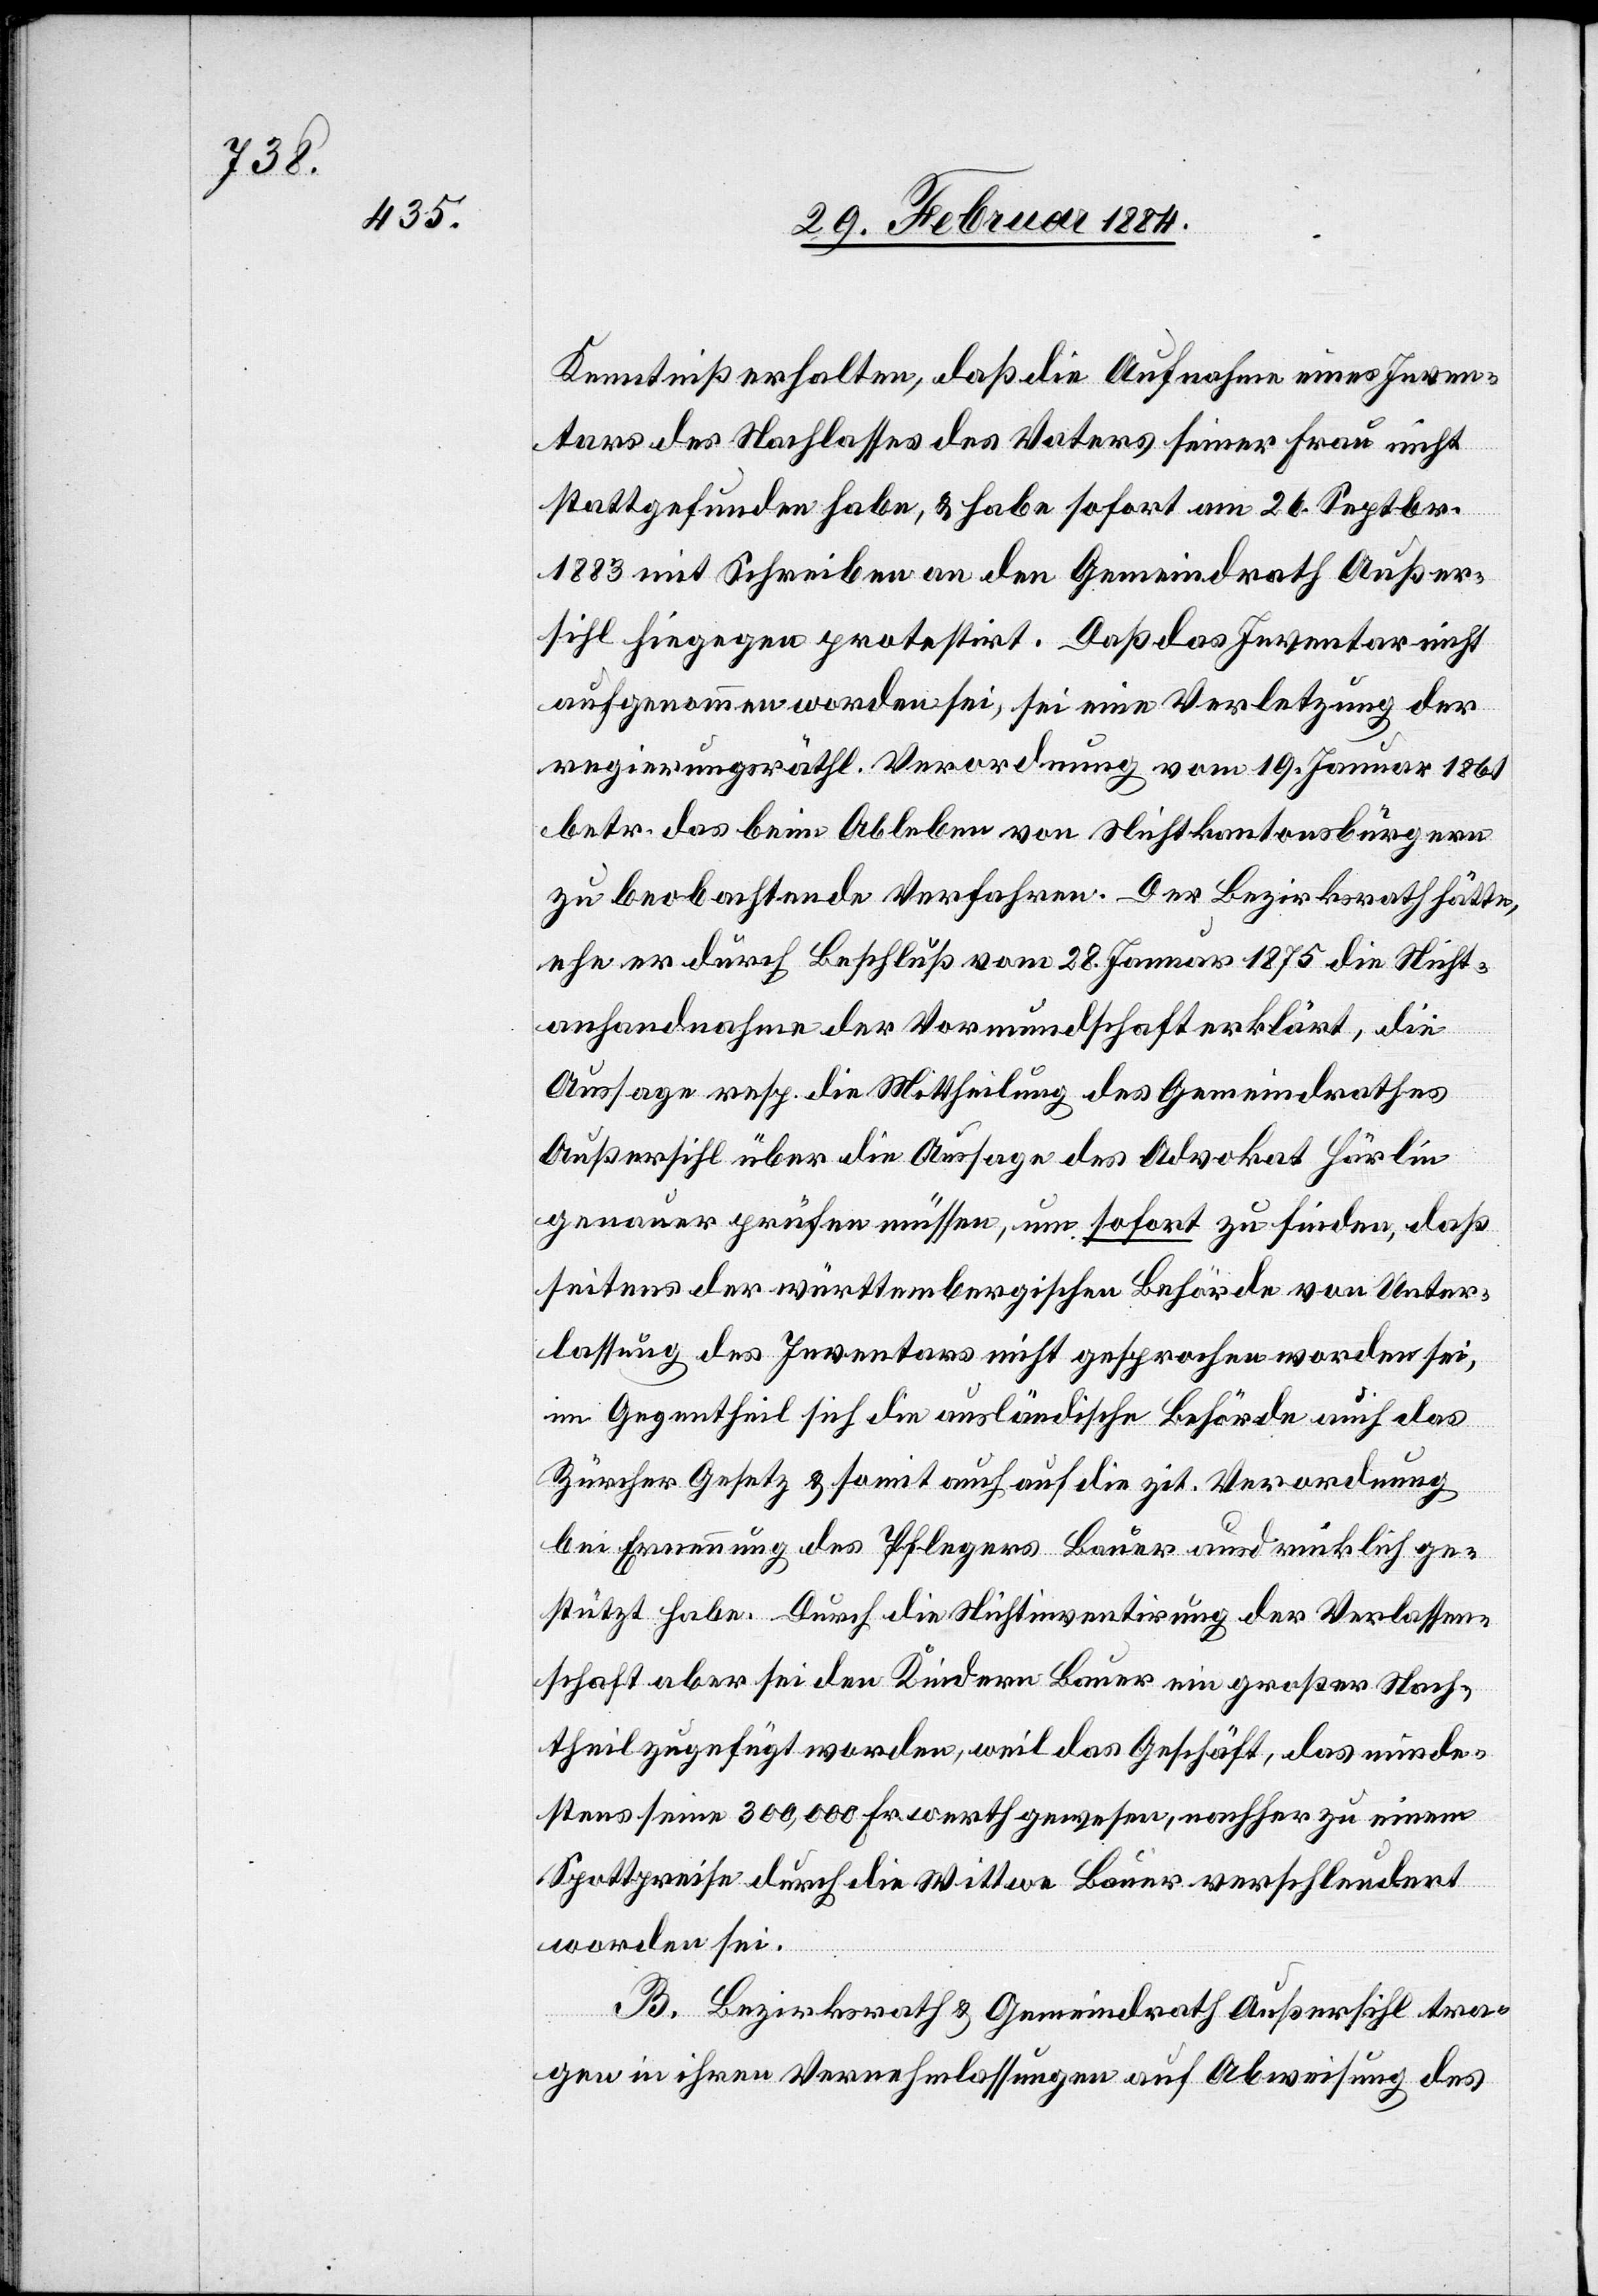
Kenntniß erhalten, daß die Aufnahme eines Inven¬
tars des Nachlasses des Vaters seiner Frau nicht
stattgefunden habe, & habe sofort am 26. Septbr.
1883 mit Schreiben an den Gemeindrath Außer¬
sihl hiegegen protestirt. Daß das Inventar nicht
aufgenommen worden sei, sei eine Verletzung der
regierungsräthl. Verordnung vom 19. Januar 1861
betr. das beim Ableben von Nichtkantonsbürgern
zu beobachtende Verfahren. Der Bezirksrath hätte,
ehe er durch Beschluß vom 28. Januar 1875 die Nicht¬
anhandnahme der Vormundschaft erklärt, die
Aussage resp. die Mittheilung des Gemeindrathes
Außersihl über die Aussage des Advokat Härlin
genauer prüfen müssen, um sofort zu finden, daß
seitens der württembergischen Behörde von Unter¬
lassung des Inventars nicht gesprochen worden sei,
im Gegentheil sich die ausländische Behörde auf das
Zürcher Gesetz & somit auch auf die zit. Verordnung
bei Erneuerung des Pflegers Bauer ausdrücklich ge¬
stützt habe. Durch die Nichtinventarisirung der Verlassen¬
schaft aber sei den Kindern Bauer ein großer Nach¬
theil zugefügt worden, weil das Geschäft, das minde¬
stens seine 300,000 Fr. Werth gewesen, nachher zu einem
Spottpreise durch die Wittwe Bauer verschleudert
worden sei.
B. Bezirksrath & Gemeindrath Außersihl tra¬
gen in ihren Vernehmlassungen auf Abweisung des